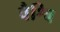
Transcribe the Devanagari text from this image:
वैश्वि